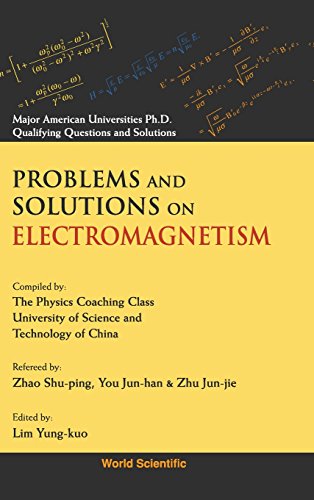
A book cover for PROBLEMS AND SOLUTIONS ON ELECTROMAGNETISM (Major American Universities PH.D. Qualifying Questions and S); Yung-Kuo Lim; Science & Math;